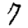
Digit: 7